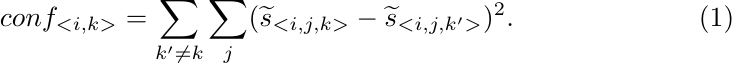
\begin{equation}
conf_{<i,k>}=\sum_{k' \neq k} \sum_{j} (\widetilde{s}_{<i,j,k>}-\widetilde{s}_{<i,j,k'>})^2.
\end{equation}